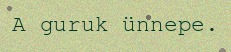
A guruk ünnepe.